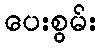
ပေးစွမ်း